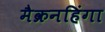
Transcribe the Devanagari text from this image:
मैक्रनहिंगा